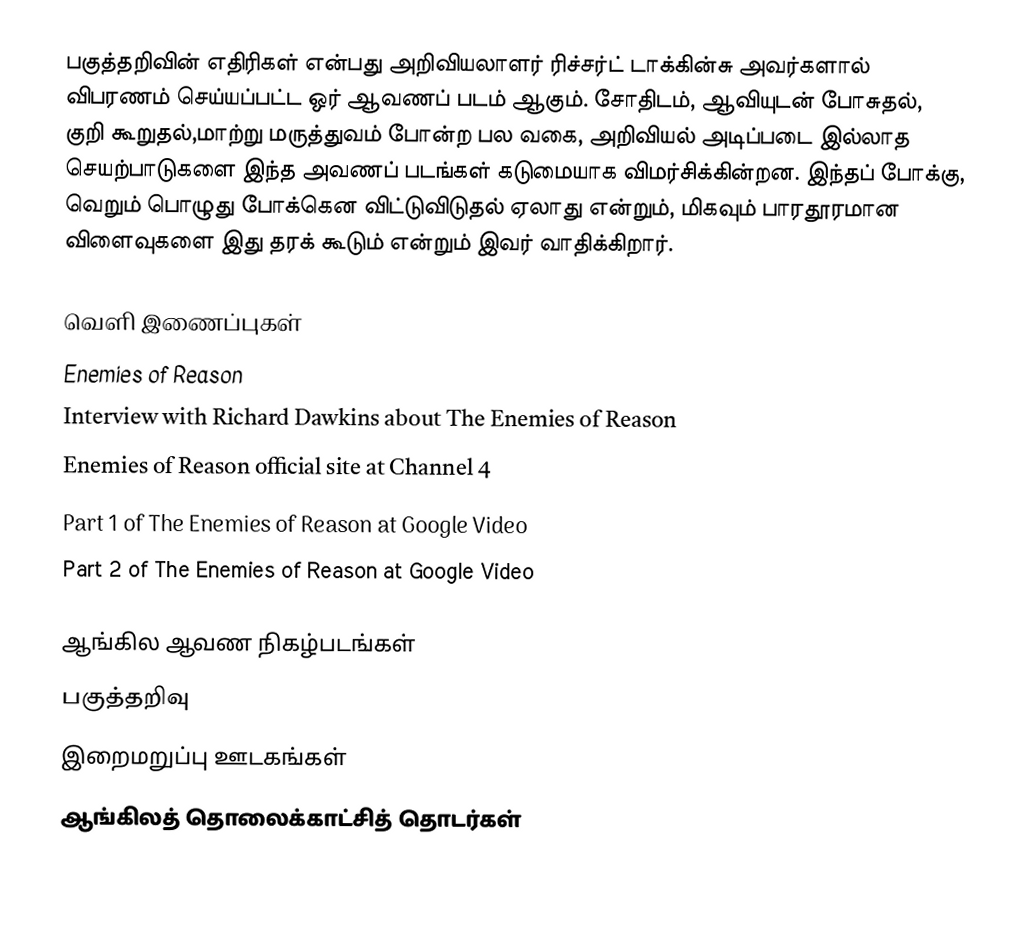
பகுத்தறிவின் எதிரிகள் என்பது அறிவியலாளர் ரிச்சர்ட் டாக்கின்சு அவர்களால் விபரணம் செய்யப்பட்ட ஒர் ஆவணப் படம் ஆகும். சோதிடம், ஆவியுடன் போசுதல், குறி கூறுதல்,மாற்று மருத்துவம் போன்ற பல வகை, அறிவியல் அடிப்படை இல்லாத செயற்பாடுகளை இந்த அவணப் படங்கள் கடுமையாக விமர்சிக்கின்றன. இந்தப் போக்கு, வெறும் பொழுது போக்கென விட்டுவிடுதல் ஏலாது என்றும், மிகவும் பாரதூரமான விளைவுகளை இது தரக் கூடும் என்றும் இவர் வாதிக்கிறார்.

வெளி இணைப்புகள்
 Enemies of Reason
 Interview with Richard Dawkins about The Enemies of Reason
 Enemies of Reason official site at Channel 4
 Part 1 of The Enemies of Reason  at Google Video
 Part 2 of The Enemies of Reason  at Google Video

ஆங்கில ஆவண நிகழ்படங்கள்
பகுத்தறிவு
இறைமறுப்பு ஊடகங்கள்
ஆங்கிலத் தொலைக்காட்சித் தொடர்கள்